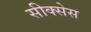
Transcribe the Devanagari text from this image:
सीक्सेस